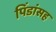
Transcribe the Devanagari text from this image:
पिंडांसह